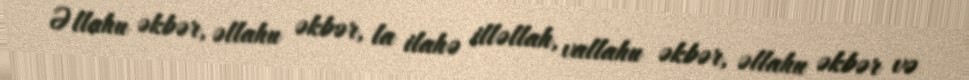
Əllahu əkbər, əllahu əkbər, la ilahə illəllah, vallahu əkbər, əllahu əkbər və